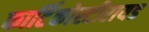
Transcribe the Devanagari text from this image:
कार्टिकोस्टीरायड